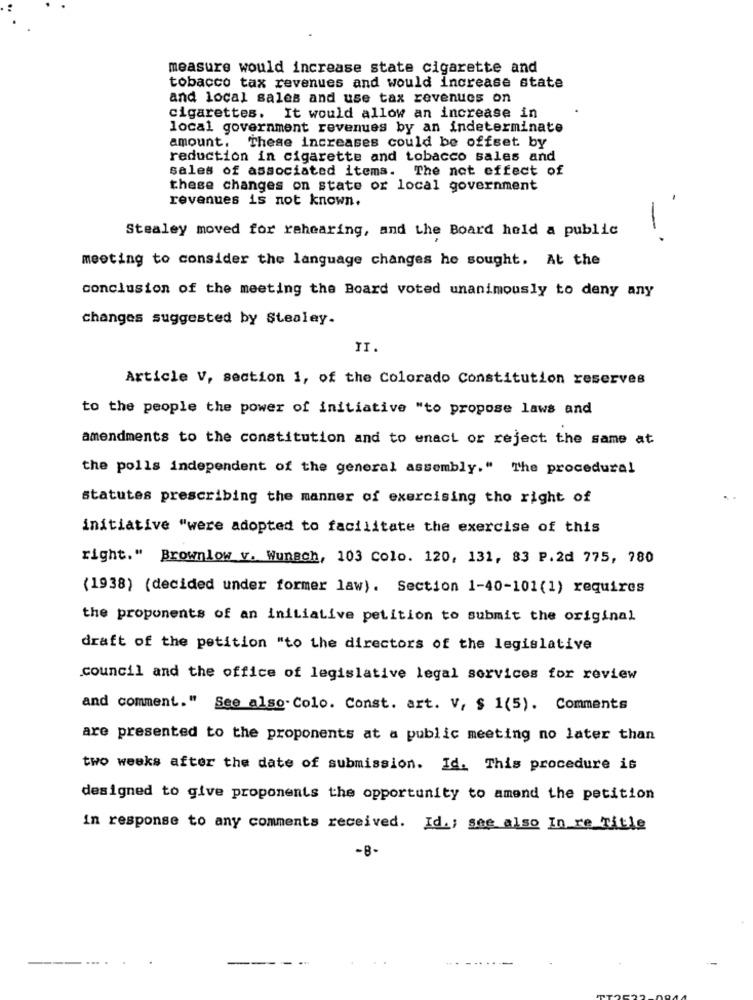
measure would increase state cigarette and
tobacco tax revenues and would increase state
and local sales and use tax revenues on
cigarettes. It would allow an increase in
local government revenues by an indeterminate
amount. These increases could be offset by
reduction in cigarette and tobacco sales and
sales of associated items. The not effect of
these changes on state or local government
revenues is not known.
Stealey moved for rahearing, and the Board held a public
-
meeting to consider the language changes he sought. At the
conclusion of the meeting the Board voted unanimously to deny any
changes suggested by Stealey.
II.
Article V, section 1, of the Colorado Constitution reserves
to the people the power of initiative "to propose laws and
amendments to the constitution and to enact or reject the same at
the polls independent of the general assembly." The procedural
statutes prescribing the manner of exercising tho right of
initiative "were adopted to facilitate the exercise of this
right." Brownlow v. Wunsch, 103 Colo. 120, 131, 83 P.2d 775, 780
(1938) (decided under former law). Section 1-40-101(1) requires
the proponents of an initiative petition to submit the original
draft of the petition "to the directors of the legislative
council and the office of legislative legal services for review
and comment." See also. Colo. Const. art. V, $ 1(5). Comments
are presented to the proponents at a public meeting no later than
two weeks after the date of submission. Id. This procedure is
designed to give proponents the opportunity to amend the petition
in response to any comments received. Id .; see also In re title
-8-